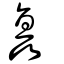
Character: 矗